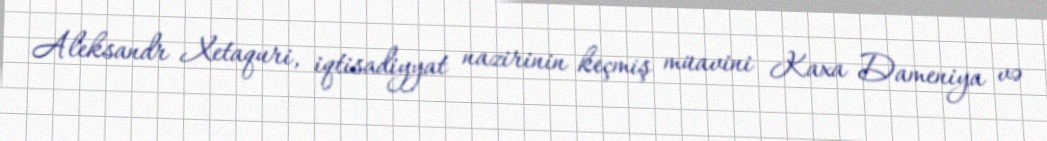
Aleksandr Xetaquri, iqtisadiyyat nazirinin keçmiş müavini Kaxa Dameniya və